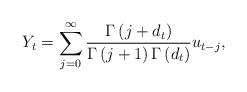
LaTeX: \begin{align*}Y_{t}=\sum_{j=0}^{\infty }\frac{\Gamma \left( j+d_{t}\right) }{\Gamma \left(j+1\right) \Gamma \left( d_{t}\right) }u_{t-j}, \end{align*}